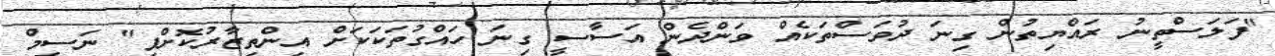
"ފަލަސްތީނު ރައްޔިތުން ގިނަ ދުވަސްތަކެއް ވަންދެން އަސާސީ ގިނަ ހައްގުތަކަކަށް އިންތިޒާރުކޮށްފި" ނަސީމް